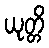
ယုတ္တိ